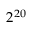
2 ^ { 2 0 }